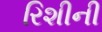
રિશીની